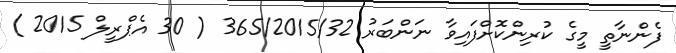
ފެންނާތީ މީގެ ކުރިންކޮށްފައިވާ ނަންބަރު 365/2015/32 ( 30 އެޕްރީލް 2015 )